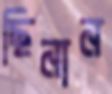
ছিনান